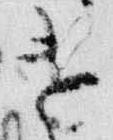
遣